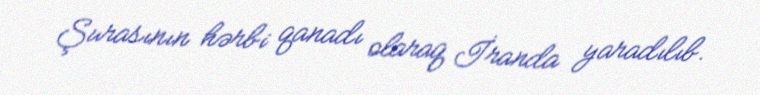
Şurasının hərbi qanadı olaraq İranda yaradılıb.